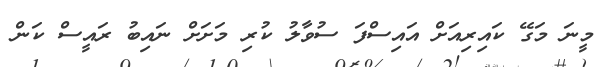
މީނަ މަގޭ ކައިރިއަށް އައިސްފަ ސުވާލު ކުރި މަށަށް ނައިބު ރައީސް ކަން